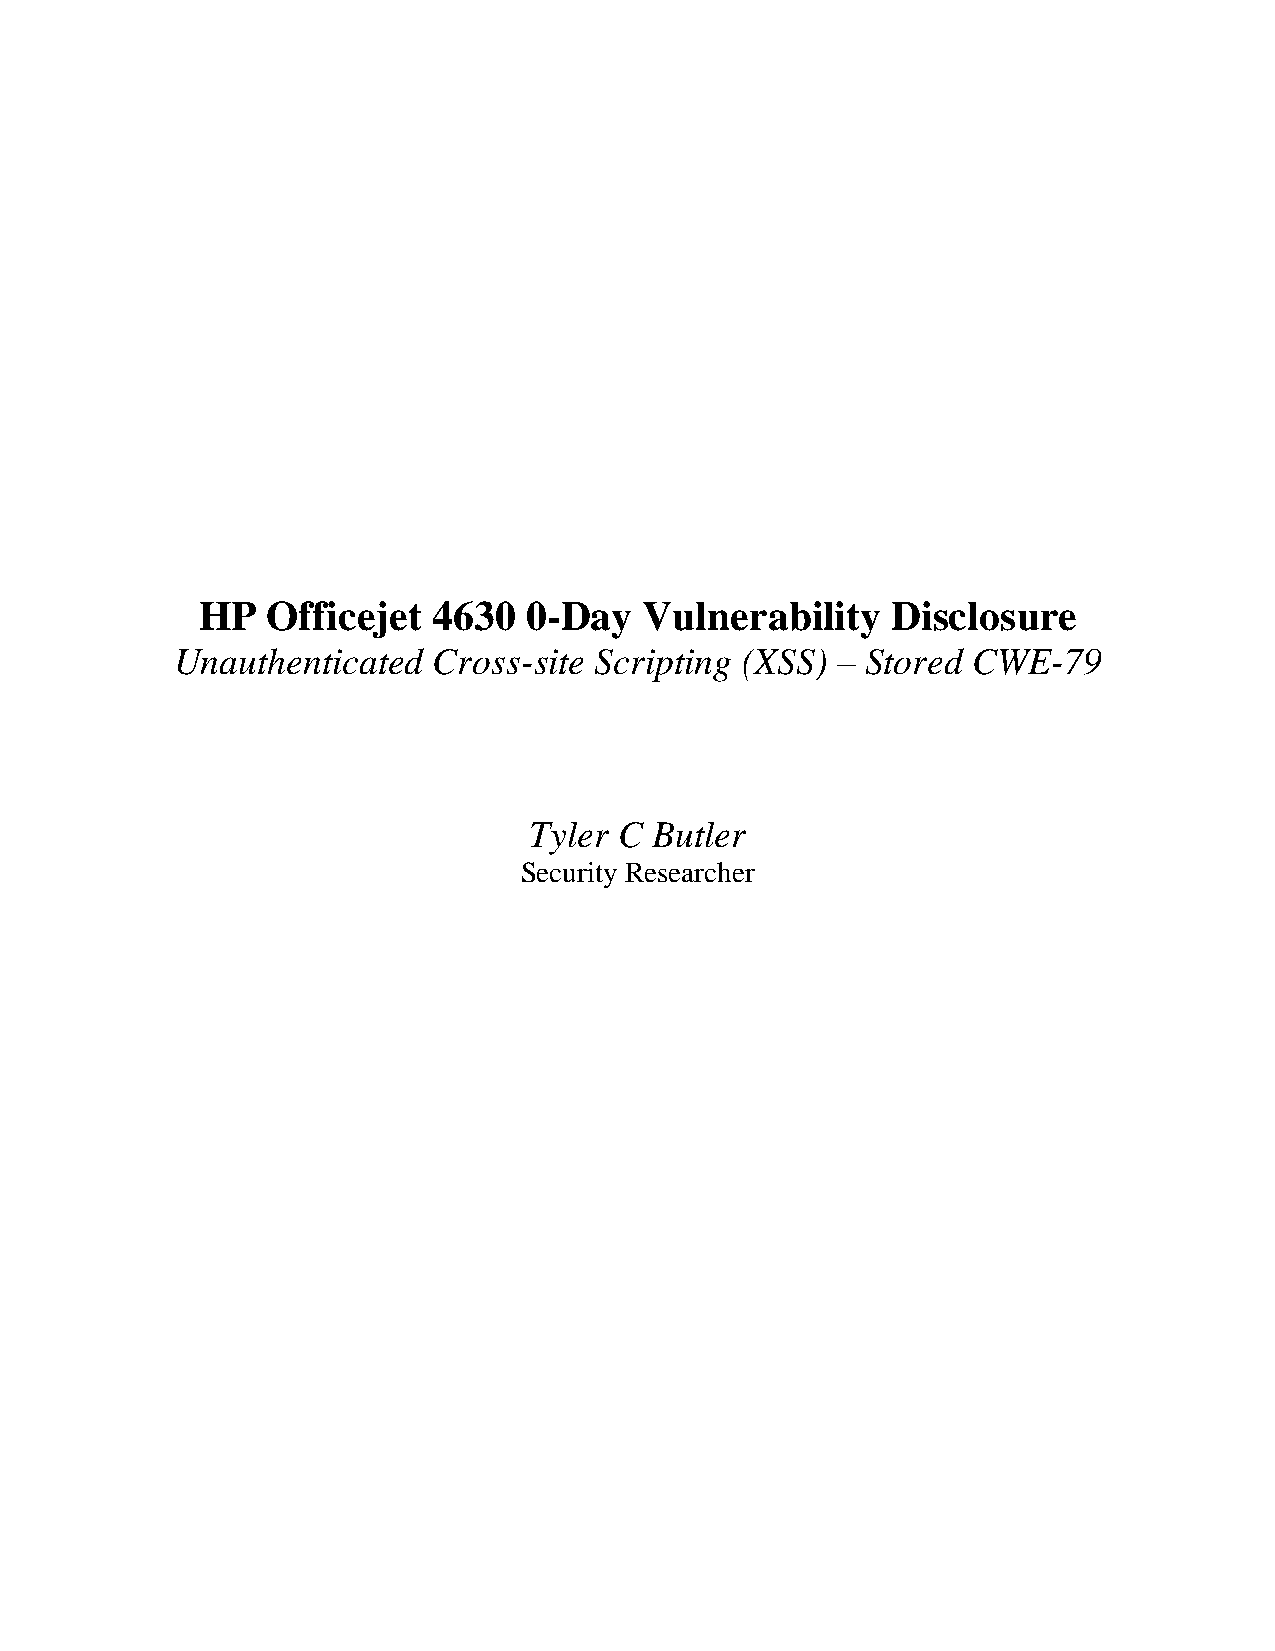
HP   Officejet  4630  0-Day   Vulnerability   Disclosure
 Unauthenticated  Cross-site Scripting (XSS) – Stored CWE-79
 Tyler C Butler
 Security Researcher